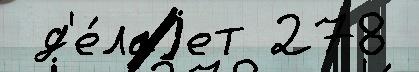
 д'е́лаjет 278